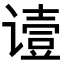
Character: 𬤞